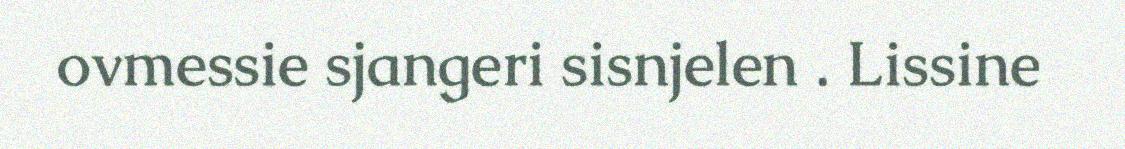
ovmessie sjangeri sisnjelen . Lissine